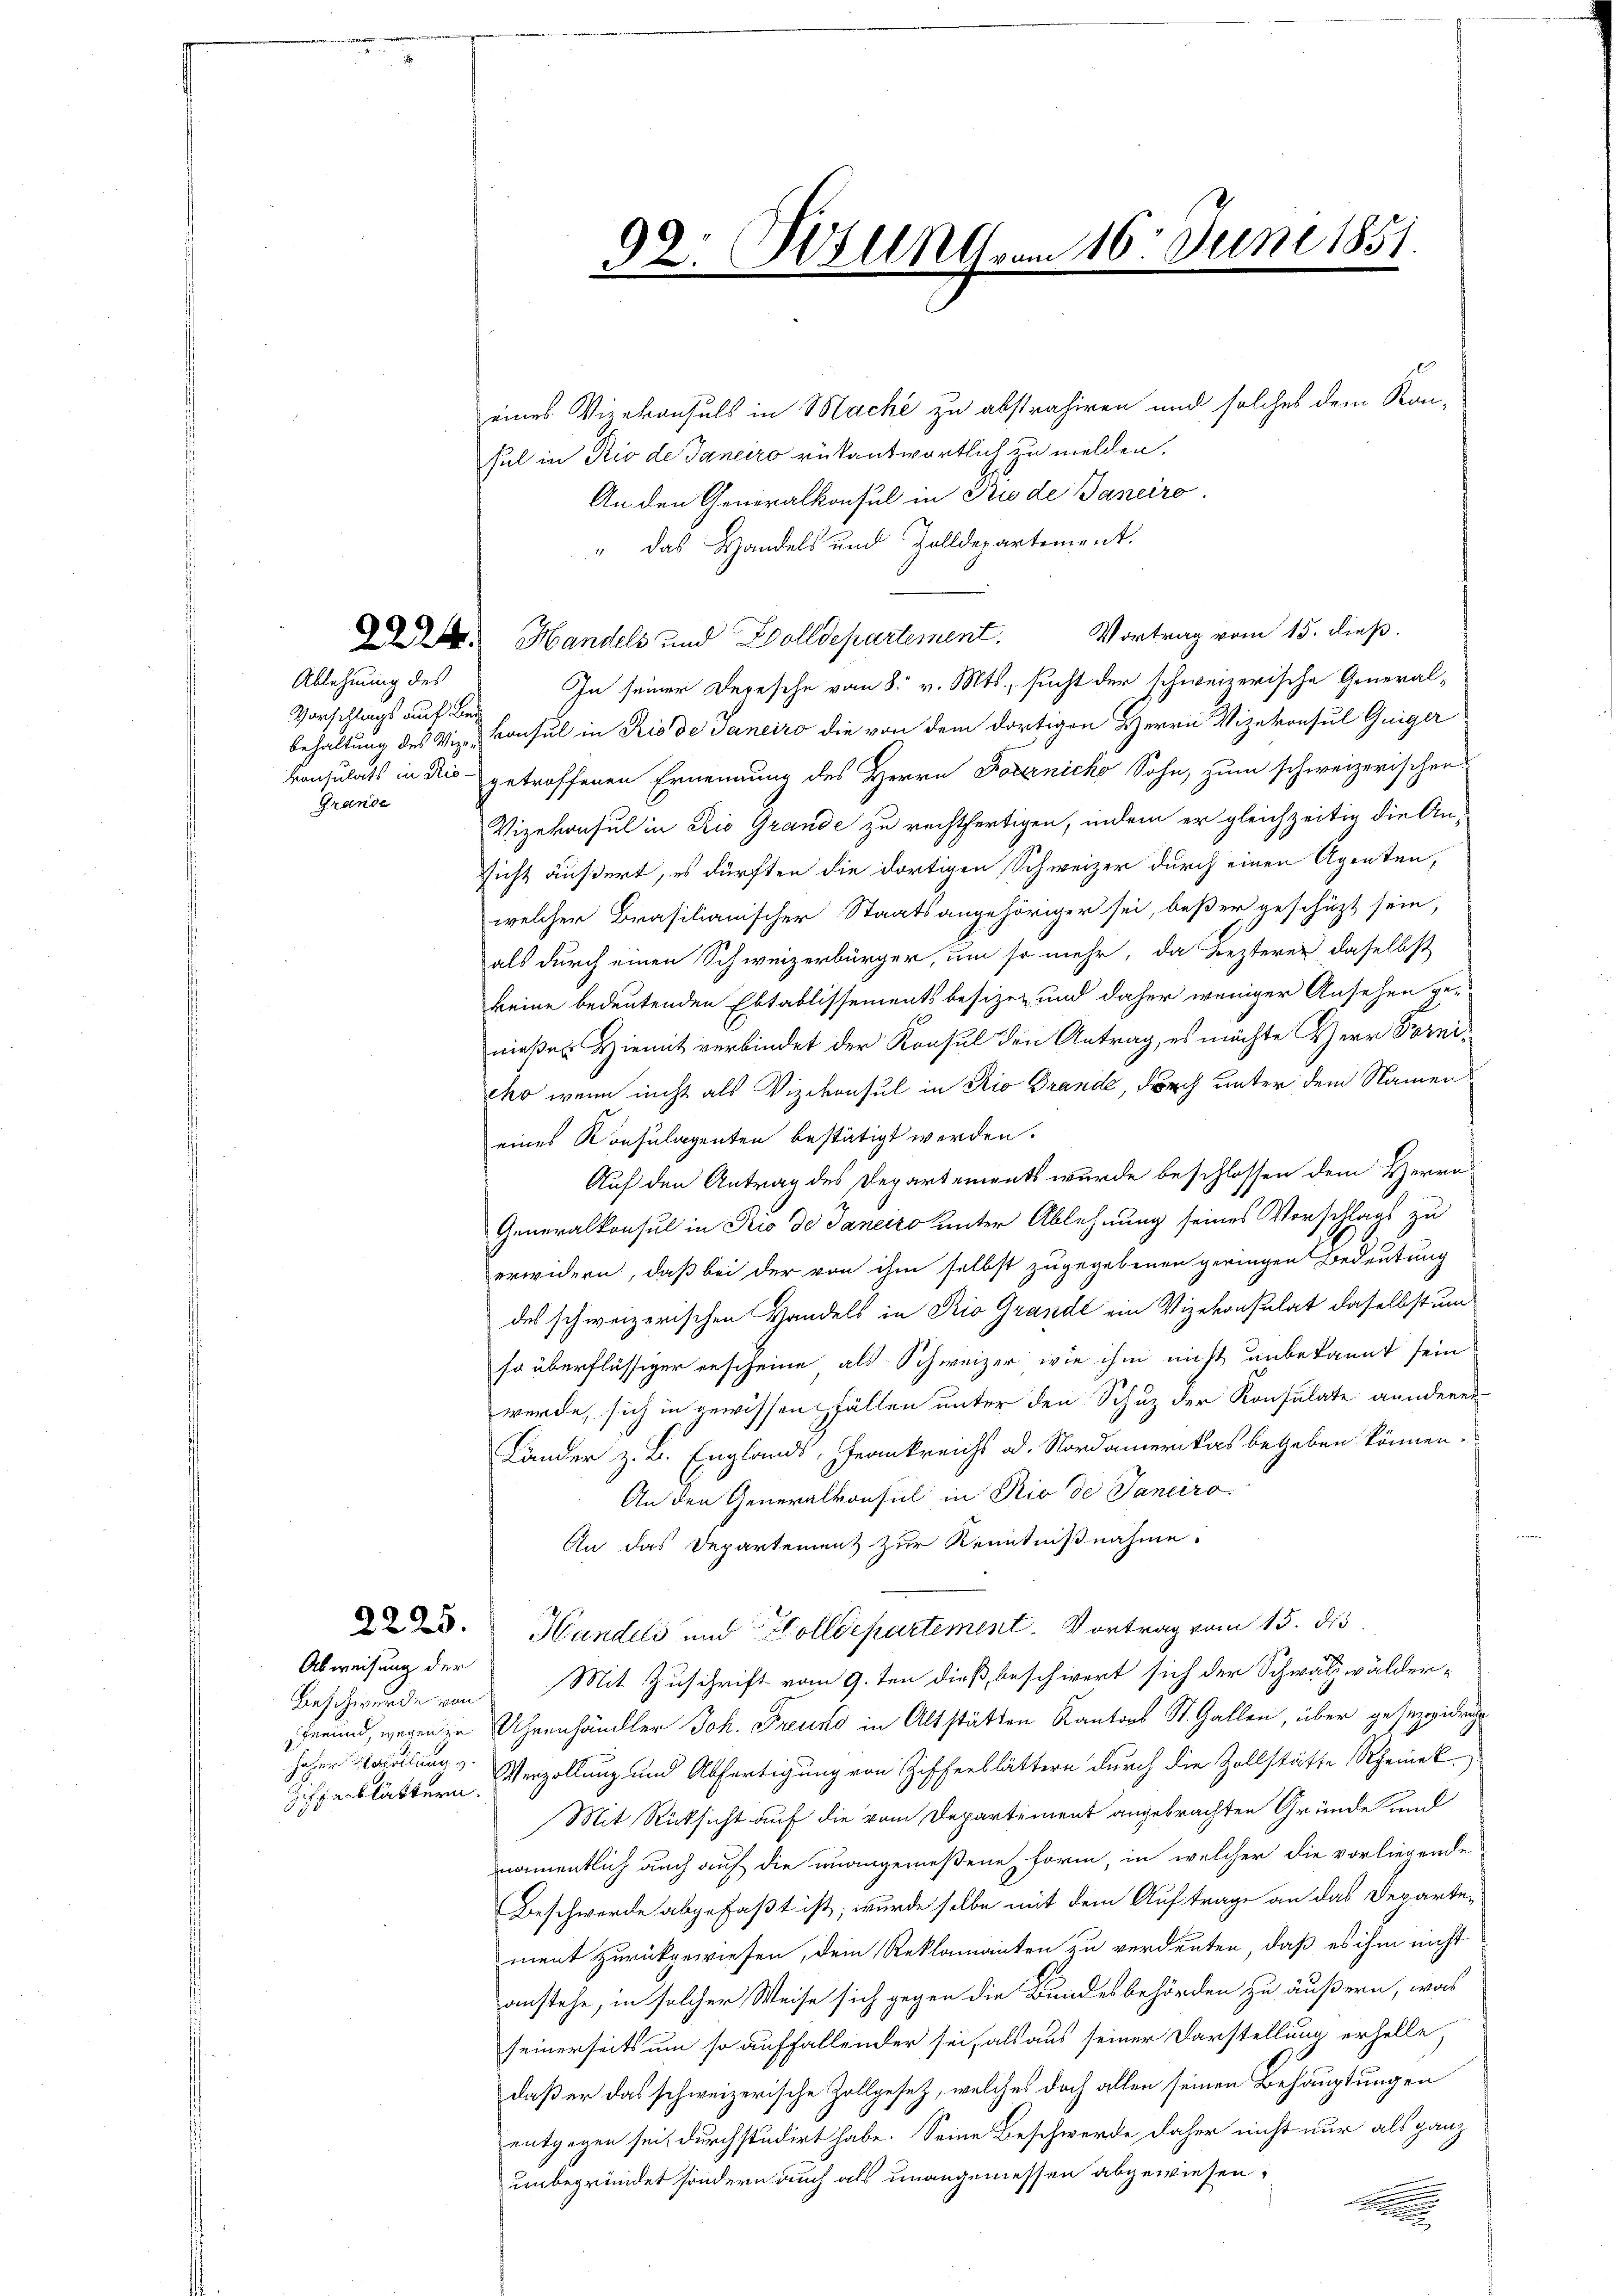
Ablehnung des

Vorschlings auf Ber
Grande

Abweisung der
Ziffenblättern.

eines Vizekonsuls in Mache zu abstrahiren und solches dem Kan-
hul in Rio de Janeiro rükantwortlich zu melden.
An den Generalkonsul in Piode Daneiro
" das Handels und Zolldepartement.
Vortrag vom 15. dieß.
 Handels und Zolldepartement.
In seiner Depesche vom 8. v. Mts., sucht der schweizerische Generalbehaltung des Viz. Konsul in Rio de Janeiro die von dem dortigen Herrn Vizekonsul Guiger
konsulats in Dis getroffenen Ernennung des Herrn Jovanicko Sohn, zum schweizerischen
Vizekonsul in Rio Grande zu rechtfertigen, indem er gleichzeitig die Ansicht äußert, es dürften die dortigen Schweizer durch einen Agenten,
welcher Brasilianischer Staatsangehöriger sei, beßer geschüzt sein,
als durch einen Schweizerbürger, um so mehr, da lezterer daselbst
keine bedeutenden Ebtablissements besizen und daher weniger Ansehen ge-
nießer Hiemit verbindet der Konsul den Antrag, es möchte Herr Dornicho wenn nicht als Vizekonsul in Rio Grande, durch unter dem Namen
eines Konsulagenten bestätigt werden.
Auf den Antrag des Departements wurde beschlossen dem Herrn
Generalkonsul in Rio de Janeiro unter Ablehnung seines Vorschlags zu
erwidern, daß bei der von ihm selbst zugegebenen geringen Bedeutung
des schweizerischen Handels in Rio Grande ein Vizekonsulat daselbst um
so überflüssiger erscheine als Schweizer wie ihm nicht unbekannt sein
werde, sich in gewissen fällen unter den Schuz der Konsulate anderen
Länder z. B. Englands, Frankreichs od. Nordamerikas begeben können.
An den Generalkonsul in Rio de Janeiro
An das Departement zur Kenntnißnahme.
d. Handels und Holldepartement. Vortrag vom 15. ds.
Beschwerde von Mit Zuschrift vom 9.ten dieß beschwert sich der Schwatzwälderherund, wegen in Uhrenhändler Joh. Freund in Altstätten Kantons St. Gallen, über gesezgide
hoher Parallung v. Verzollung und Abfertigung von Zifferblättern durch die Zollstätte Rheinek.
Mit Rücksicht auf die vom Departement angebrachten Gründe und
namentlich auch auf die unangemeßene Form, in welcher die vorliegende
Beschwerde abgefaßt ist, wurde selbe mit dem Auftrage an das Departe-
ment zurückgewiesen, dem Reklamanten zu verdenten, daß es ihm nicht
anstehe, in solcher Weise sich gegen die Bundesbehörden zu äußern, was
seinerseits um so auffallender sei, als aus seiner Darstellung erhelle,
daß er das schweizerische Zollgesetz, welches doch allen seinen Behauptungen
entgegen sei, durchstudirt habe. Seine Beschwerde daher nicht nur als ganz
unbegründet sondern auch als unangemessen abgewiesen.

92. Polna 16. Juni 1851.